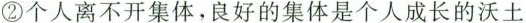
② 个人离不开集体。良好的集体是个人成长的沃土